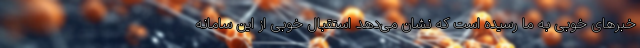
خبرهای خوبی به ما رسیده است که نشان می‌دهد استقبال خوبی از این سامانه